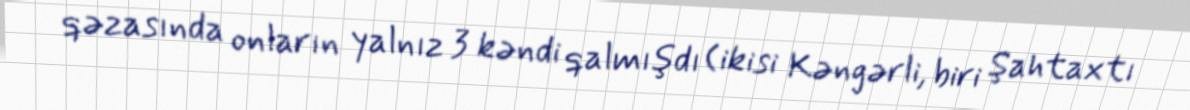
qəzasında onların yalnız 3 kəndi qalmışdı (ikisi Kəngərli, biri Şahtaxtı